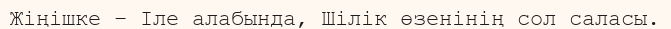
Жіңішке – Іле алабында, Шілік өзенінің сол саласы.